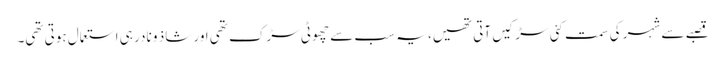
قصبے سے شہر کی سمت کئی سڑکیں آتی تھیں، یہ سب سے چھوٹی سڑک تھی اور شاذ و نادر ہی استعمال ہوتی تھی۔